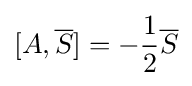
[A,{\overline {S}}]=-{\frac {1}{2}}{\overline {S}}